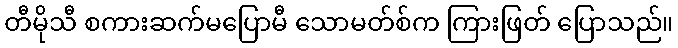
တီမိုသီ စကားဆက်မပြောမီ သောမတ်စ်က ကြားဖြတ် ပြောသည်။